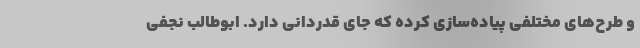
و طرح‌های مختلفی پیاده‌سازی کرده که جای قدردانی دارد. ابوطالب نجفی